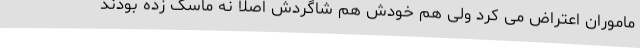
ماموران اعتراض می کرد ولی هم خودش هم شاگردش اصلا نه ماسک زده بودند